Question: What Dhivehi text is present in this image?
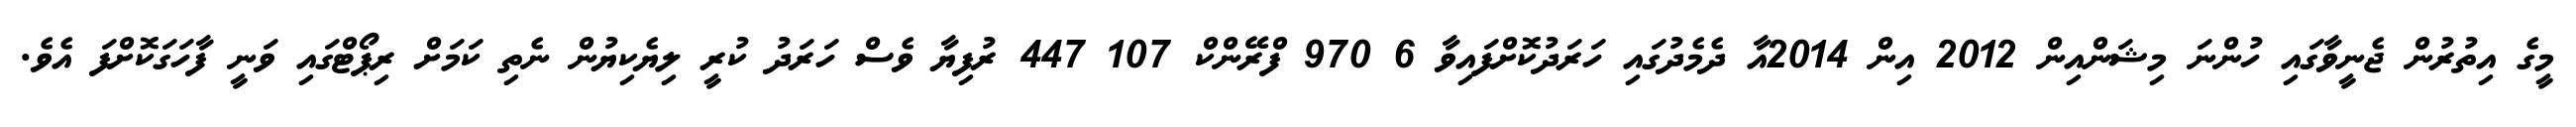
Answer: މީގެ އިތުރުން ޖެނީވާގައި ހުންނަ މިޝަންއިން 2012 އިން 2014އާ ދެމެދުގައި ހަރަދުކޮށްފައިވާ 6 970 ފްރޭންކް 107 447 ރުފިޔާ ވެސް ހަރަދު ކުރީ ލިޔެކިޔުން ނެތި ކަމަށް ރިޕޯޓްގައި ވަނީ ފާހަގަކޮށްފަ އެވެ.